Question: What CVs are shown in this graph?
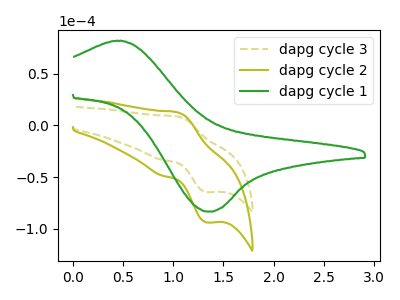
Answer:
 <answer>The olive dashed curve is labeled "dapg cycle 3". The olive curve is labeled "dapg cycle 2". The green curve is labeled "dapg cycle 1".</answer>
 <eval></eval>